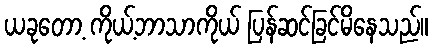
ယခုတော့ ကိုယ့်ဘာသာကိုယ် ပြန်ဆင်ခြင်မိနေသည်။